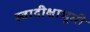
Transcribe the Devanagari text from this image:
स्वादीक्षाभूमी